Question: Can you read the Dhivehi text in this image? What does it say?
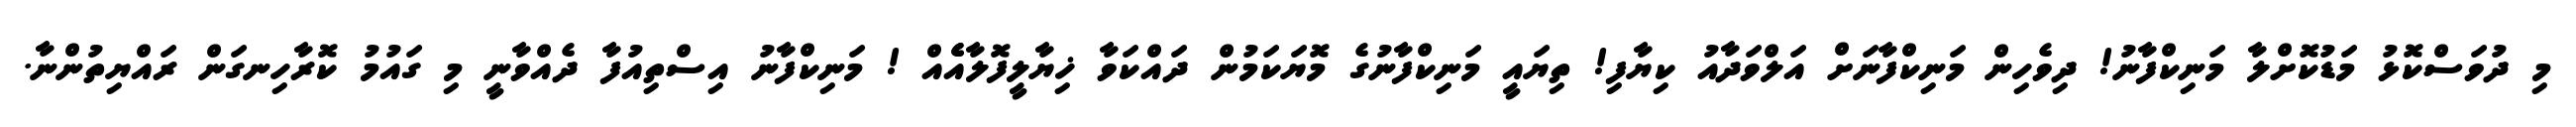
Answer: މި ދުވަސްކޮޅު މަޑުކޮށްލާ މަނިކްފާނު! ދިވެހިން މަނިކްފާނަށް އަލްވަދާއު ކިޔާފި! ތިޔައީ މަނިކްފާނުގެ މޮޔަކަމުން ދައްކަވާ ޚިޔާލީފޮލާއެެއް ! މަނިކްފާނު އިސްތިއުފާ ދެއްވާނީ މި ގައުމު ކޮރާހިނގަން ރައްޔިތުންނާ.